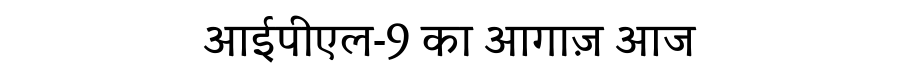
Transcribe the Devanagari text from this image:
आईपीएल-9 का आगाज़ आज